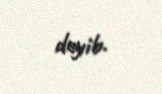
deyib.